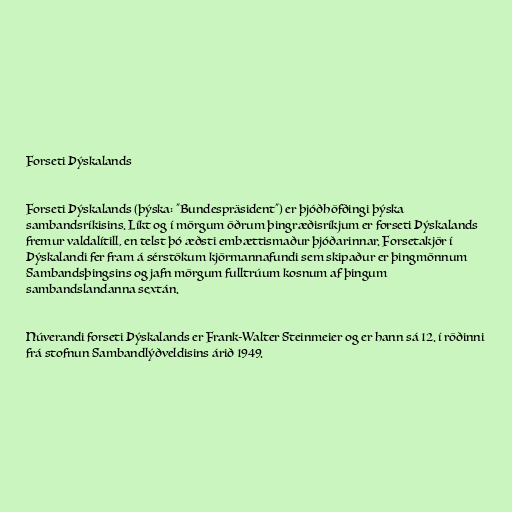
Forseti Þýskalands

Forseti Þýskalands (þýska: "Bundespräsident") er þjóðhöfðingi þýska
sambandsríkisins. Líkt og í mörgum öðrum þingræðisríkjum er forseti Þýskalands
fremur valdalítill, en telst þó æðsti embættismaður þjóðarinnar. Forsetakjör í
Þýskalandi fer fram á sérstökum kjörmannafundi sem skipaður er þingmönnum
Sambandsþingsins og jafn mörgum fulltrúum kosnum af þingum
sambandslandanna sextán.

Núverandi forseti Þýskalands er Frank-Walter Steinmeier og er hann sá 12. í röðinni
frá stofnun Sambandlýðveldisins árið 1949.